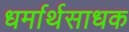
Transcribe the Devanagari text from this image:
धर्मार्थसाधक